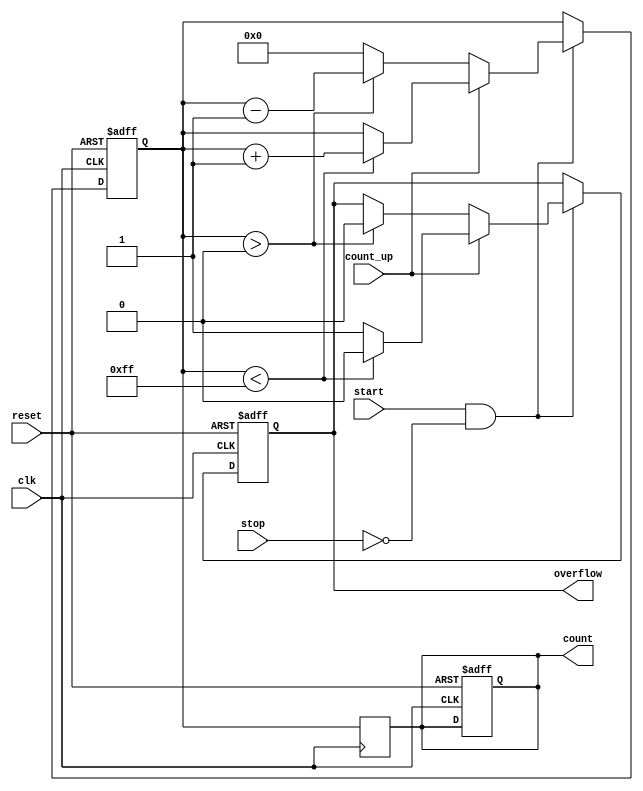
module MemoryBlocksWindowedCounter #(
    parameter COUNT_WIDTH = 8,  // Width of the count value
    parameter MAX_COUNT = (1 << COUNT_WIDTH) - 1 // Maximum count value
)(
    input wire clk,              // Clock signal
    input wire reset,            // Reset signal
    input wire start,            // Start counting signal
    input wire stop,             // Stop counting signal
    input wire count_up,         // Count up or down control
    output reg [COUNT_WIDTH-1:0] count, // Current count value
    output reg overflow          // Overflow flag
);

    // Memory block to store the current count value
    reg [COUNT_WIDTH-1:0] memory;

    // Synchronous process for counting
    always @(posedge clk or posedge reset) begin
        if (reset) begin
            // Reset the count and overflow flag
            memory <= 0;
            count <= 0;
            overflow <= 0;
        end else if (start && !stop) begin
            // Counting logic
            if (count_up) begin
                if (memory < MAX_COUNT) begin
                    memory <= memory + 1;
                    overflow <= 0; // No overflow
                end else begin
                    overflow <= 1; // Set overflow flag
                end
            end else begin
                if (memory > 0) begin
                    memory <= memory - 1;
                    overflow <= 0; // No overflow
                end else begin
                    memory <= 0; // Prevent underflow
                end
            end
        end
    end

    // Output the current count value
    always @(posedge clk) begin
        count <= memory;
    end

endmodule